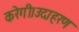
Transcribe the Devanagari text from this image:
करेगी।उदाहरण